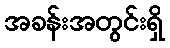
အခန်းအတွင်းရှိ